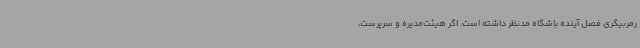
رمربیگری فصل آینده باشگاه مدنظر داشته است. اگر هیئت‌مدیره و سرپرست،